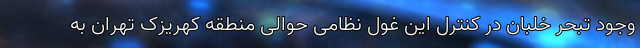
وجود تبحر خلبان در کنترل این غول نظامی حوالی منطقه کهریزک تهران به